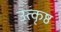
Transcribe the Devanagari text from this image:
उत्‍कृष्ठ